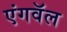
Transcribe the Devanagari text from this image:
एंगवॅल